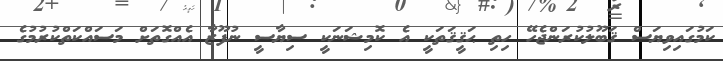
ކަމުގައިވިޔަސް ޤަބޫލުކުރަންޖެހޭ ހިތި ޙަޤީޤަތަކީ އެ ކޮމިޝަނަކީ ސިޔާސީ ނުފޫޒާ އެއްގޮތަށް މަސައްކަތްކުރުމުގެ